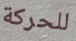
للحركة